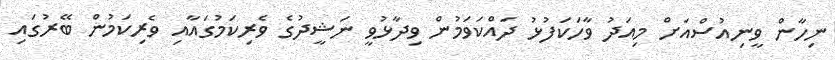
ނިހާން ވީނިއުސްއަށް މިއަދު ވާހަކަފުޅު ދައްކަވަމުން ވިދާޅުވީ ނަޝީދުގެ ވެރިކަމުގައާއި ވެރިކަމުން ބޭރުގައި